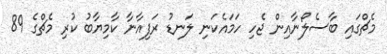
މެޗްގައި ބާސެލޯނާއިން ޖެހި ހަމައެކަނި ލަނޑު ރަފިއާނާ ކާމިޔާބު ކުރި މެޗްގެ 89